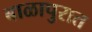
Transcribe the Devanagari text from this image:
बाळापुरात